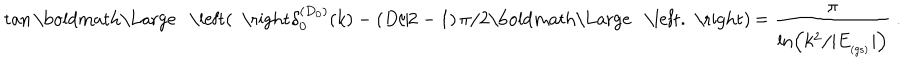
LaTeX: \tan \mathrm { \boldmath \Large ~ \left( ~ \right. ~ } \! \! \! \delta _ { 0 } ^ { ( D _ { 0 } ) } ( k ) - ( D / 2 - 1 ) \, \pi / 2 \mathrm { \boldmath \Large ~ \left. ~ \right) ~ } \! \! = \frac { \pi } { \ln \left( k ^ { 2 } / | E _ { _ \mathrm { ( g s ) } } | \right) } \; .